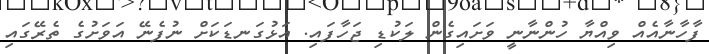
ފާހާނާއެއް ވިއްޔާ ހުންނާނީ ވަށައިގެން ލަކުޑި ޖަހާފައި. އަޅުގަނޑަކަށް ނުފެނޭ އަވަށުގެ ތެރޭގައި